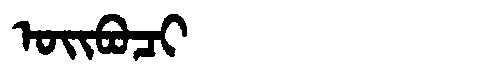
Manchu: ᠣᡳᠪᠣᠴᡳ
Romanization: OIBOCI